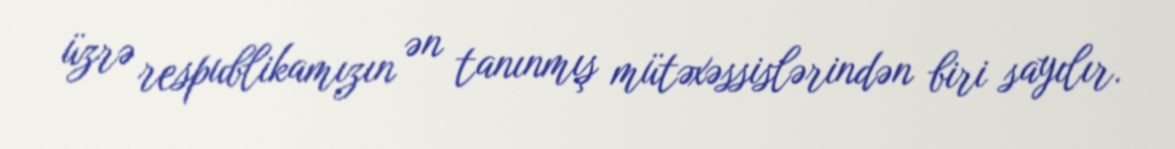
üzrə respublikamızın ən tanınmış mütəxəssislərindən biri sayılır.